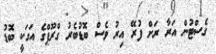
ގެސްޓުން އަރާ ރަށް ފުރޭ އިރު ވެސް ބޮޑުބެރު ގްރޫޕްގެ އަގަކީ ބޮޑު